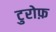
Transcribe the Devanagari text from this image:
टुरोफ़